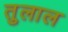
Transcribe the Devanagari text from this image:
तुलाल